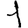
Digit: 1